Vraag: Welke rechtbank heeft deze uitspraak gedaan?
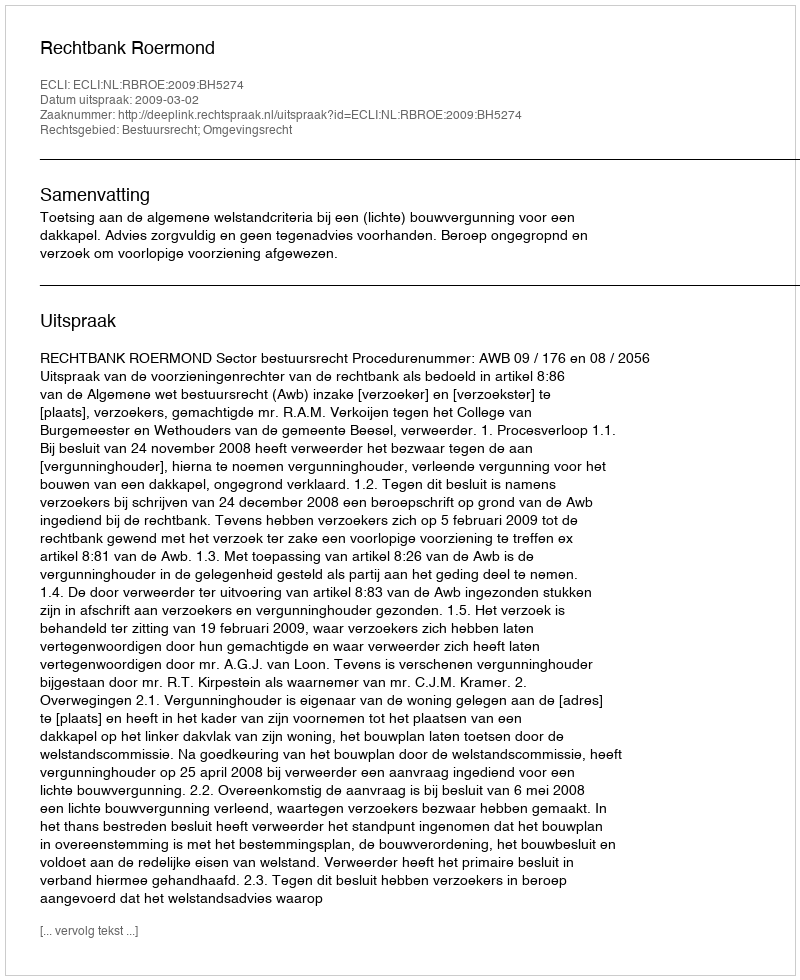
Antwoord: Rechtbank Roermond